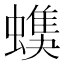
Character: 𧑦